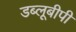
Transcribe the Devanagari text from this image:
डब्लूबीपी